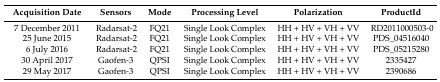
<table><thead><tr><td><b>Acquisition Date</b></td><td><b>Sensors</b></td><td><b>Mode</b></td><td><b>Processing Level</b></td><td><b>Polarization</b></td><td><b>ProductId</b></td></tr></thead><tbody><tr><td>7 December 2011</td><td>Radarsat-2</td><td>FQ21</td><td>Single Look Complex</td><td>HH + HV + VH + VV</td><td>RD2011000503-0</td></tr><tr><td>25 June 2015</td><td>Radarsat-2</td><td>FQ21</td><td>Single Look Complex</td><td>HH + HV + VH + VV</td><td>PDS_04516040</td></tr><tr><td>6 July 2016</td><td>Radarsat-2</td><td>FQ21</td><td>Single Look Complex</td><td>HH + HV + VH + VV</td><td>PDS_05215280</td></tr><tr><td>30 April 2017</td><td>Gaofen-3</td><td>QPSI</td><td>Single Look Complex</td><td>HH + HV + VH + VV</td><td>2335427</td></tr><tr><td>29 May 2017</td><td>Gaofen-3</td><td>QPSI</td><td>Single Look Complex</td><td>HH + HV + VH + VV</td><td>2390686</td></tr></tbody></table>